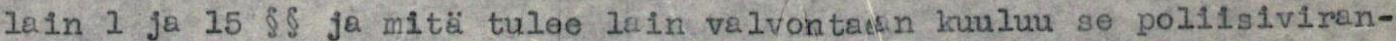
lain 1 ja 15 §§ ja mitä tulee lain valvontaan kuuluu se poliisiviran-